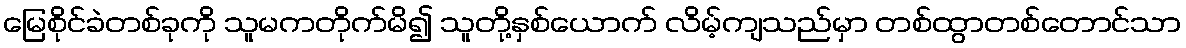
မြေစိုင်ခဲတစ်ခုကို သူမကတိုက်မိ၍ သူတို့နှစ်ယောက် လိမ့်ကျသည်မှာ တစ်ထွာတစ်တောင်သာ